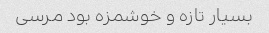
بسیار تازه و خوشمزه بود مرسی